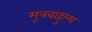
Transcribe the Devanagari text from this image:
मूत्रबाहुल्य